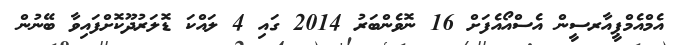
އެމްއެމްޕީއާރސީން އެސްއޯއެފަށް 16 ނޮވެންބަރު 2014 ގައި 4 ލައްކަ ޑޮލަރުދޫކޮށްފައިވާ ބޭނުން